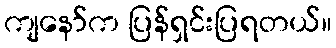
ကျနော်က ပြန်ရှင်းပြရတယ်။